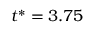
t ^ { * } = 3 . 7 5